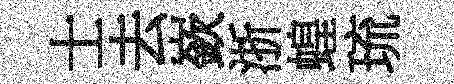
士去嶔浙蝗琉